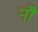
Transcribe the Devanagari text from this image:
र्‍ाौ